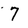
Character: 7